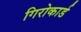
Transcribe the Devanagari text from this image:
गिरोकार्ड